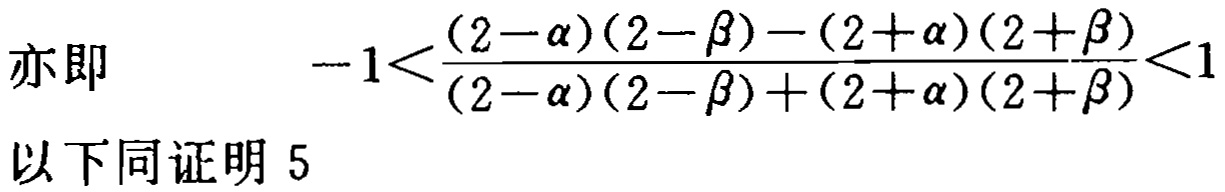
亦即 \(-1<\frac{(2 - \alpha)(2 - \beta) - (2 + \alpha)(2 + \beta)}{(2 - \alpha)(2 - \beta)+(2 + \alpha)(2 + \beta)}<1\)
以下同证明 5